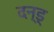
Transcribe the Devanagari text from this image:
दन्ड्